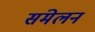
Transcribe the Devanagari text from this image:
संमेलनं